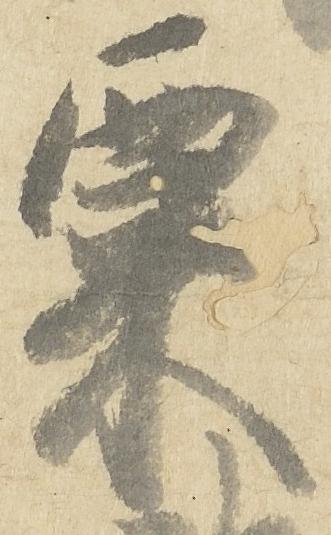
粟